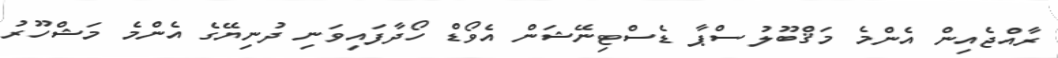
ރާއްޖެއިން އެންމެ މަޤްބޫލު ސްޕާ ޑެސްޓިނޭޝަން އެވޯޑް ހޯދާފައިވަނި ދުނިޔޭގެ އެންމެ މަޝްހޫރު